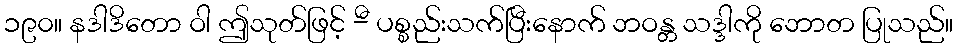
၁၉၀။ နဒါဒိတော ဝါ ဤသုတ်ဖြင့် -ီ ပစ္စည်းသက်ပြီးနောက် ဘဝန္တ သဒ္ဒါကို ဘောတ ပြုသည်။